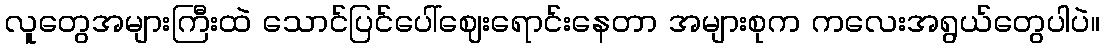
လူတွေအများကြီးထဲ သောင်ပြင်ပေါ်ဈေးရောင်းနေတာ အများစုက ကလေးအရွယ်တွေပါပဲ။